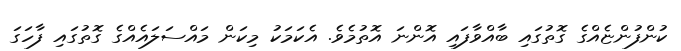
ކުންފުންޏެއްގެ ގޮތުގައި ބާއްވާފައި އޮންނަ އޮތުމެވެ. އެކަމަކު މިކަން މައްސަލައެއްގެ ގޮތުގައި ފާހަގަ